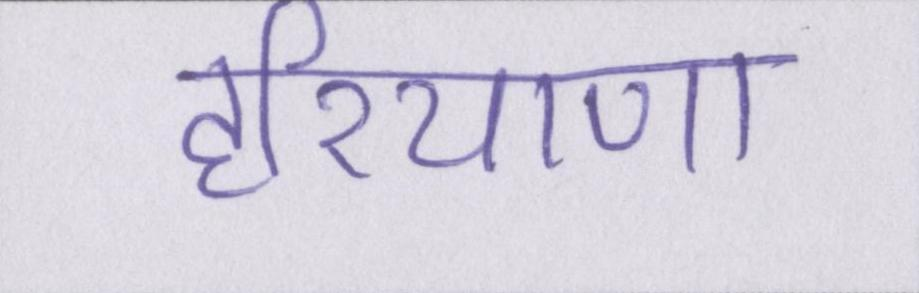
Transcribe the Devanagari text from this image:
हरियाणा